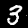
Label: 3